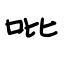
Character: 吡